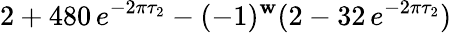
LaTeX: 2+480\, e^{-2\pi\tau_{2}}-(-1)^{\mathbf{w}}(2-32\, e^{-2\pi\tau_{2}})